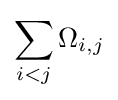
\sum _{i<j}\Omega _{i,j}